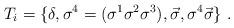
LaTeX: \begin{align*}T_{i} = \{ \delta , \sigma^{4} = (\sigma^{1}\sigma^{2}\sigma^{3}) ,{\vec{\sigma}} , \sigma^{4}{\vec{\sigma}} \} \ .\end{align*}